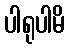
ပါရုပါမိ